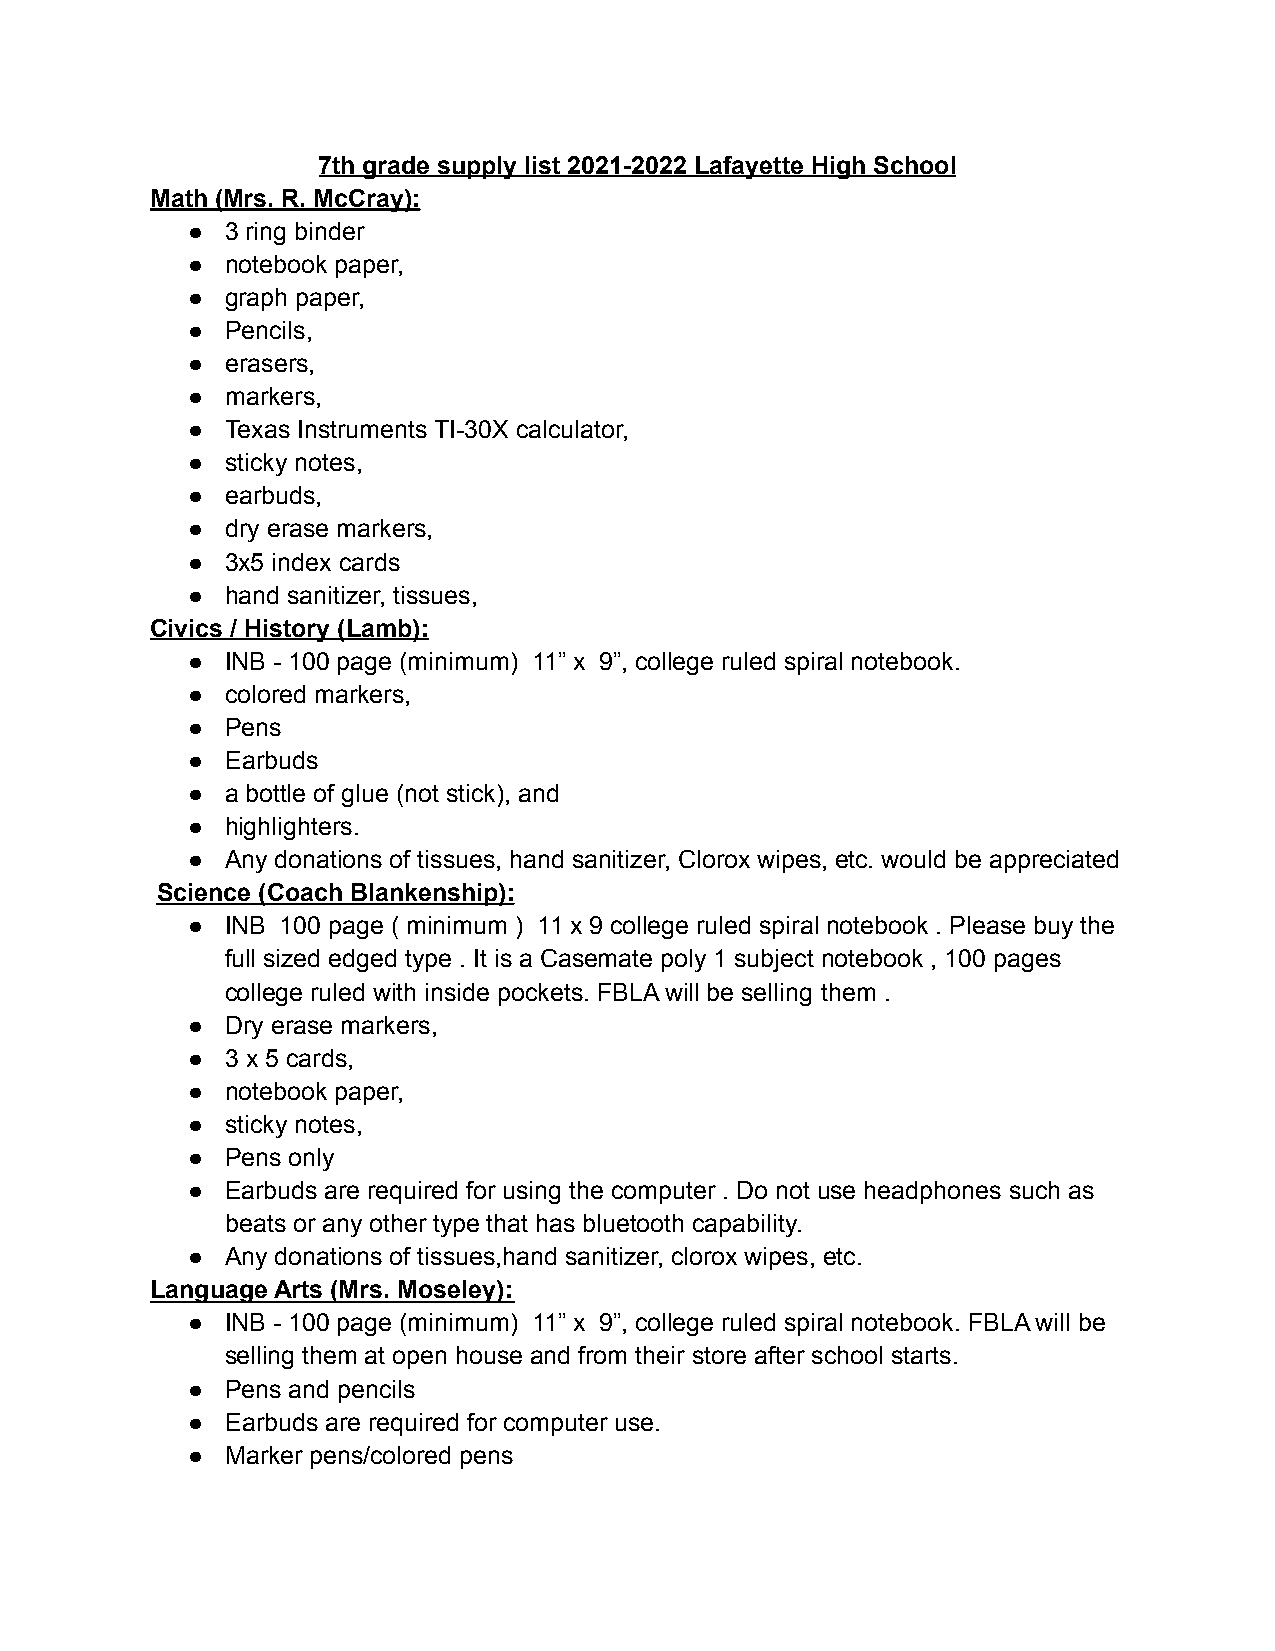
7th grade supply list 2021-2022 Lafayette High School
 Math (Mrs. R. McCray):
 ●  3 ring binder
 ●  notebook paper,
 ●  graph paper,
 ●  Pencils,
 ●  erasers,
 ●  markers,
 ●  Texas Instruments TI-30X calculator,
 ●  sticky notes,
 ●  earbuds,
 ●  dry erase markers,
 ●  3x5 index cards
 ●  hand sanitizer, tissues,
 Civics / History (Lamb):
 ●  INB - 100 page (minimum) 11” x 9”, college ruled spiral notebook.
 ●  colored markers,
 ●  Pens
 ●  Earbuds
 ●  a bottle of glue (not stick), and
 ●  highlighters.
 ●  Any donations of tissues, hand sanitizer, Clorox wipes, etc. would be appreciated
 Science (Coach Blankenship):
 ●  INB 100 page ( minimum ) 11 x 9 college ruled spiral notebook . Please buy the
 full sized edged type . It is a Casemate poly 1 subject notebook , 100 pages
 college ruled with inside pockets. FBLA will be selling them .
 ●  Dry erase markers,
 ●  3 x 5 cards,
 ●  notebook paper,
 ●  sticky notes,
 ●  Pens only
 ●  Earbuds are required for using the computer . Do not use headphones such as
 beats or any other type that has bluetooth capability.
 ●  Any donations of tissues,hand sanitizer, clorox wipes, etc.
 Language Arts (Mrs. Moseley):
 ●  INB - 100 page (minimum) 11” x 9”, college ruled spiral notebook. FBLA will be
 selling them at open house and from their store after school starts.
 ●  Pens and pencils
 ●  Earbuds are required for computer use.
 ●  Marker pens/colored pens